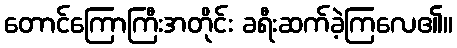
တောင်ကြောကြီးအတိုင်း ခရီးဆက်ခဲ့ကြလေ၏။